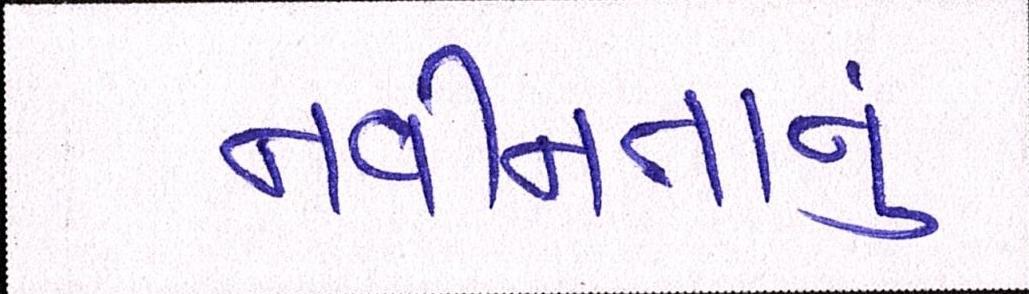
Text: નવીનતાનું